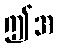
ဤအ